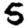
Digit: 5